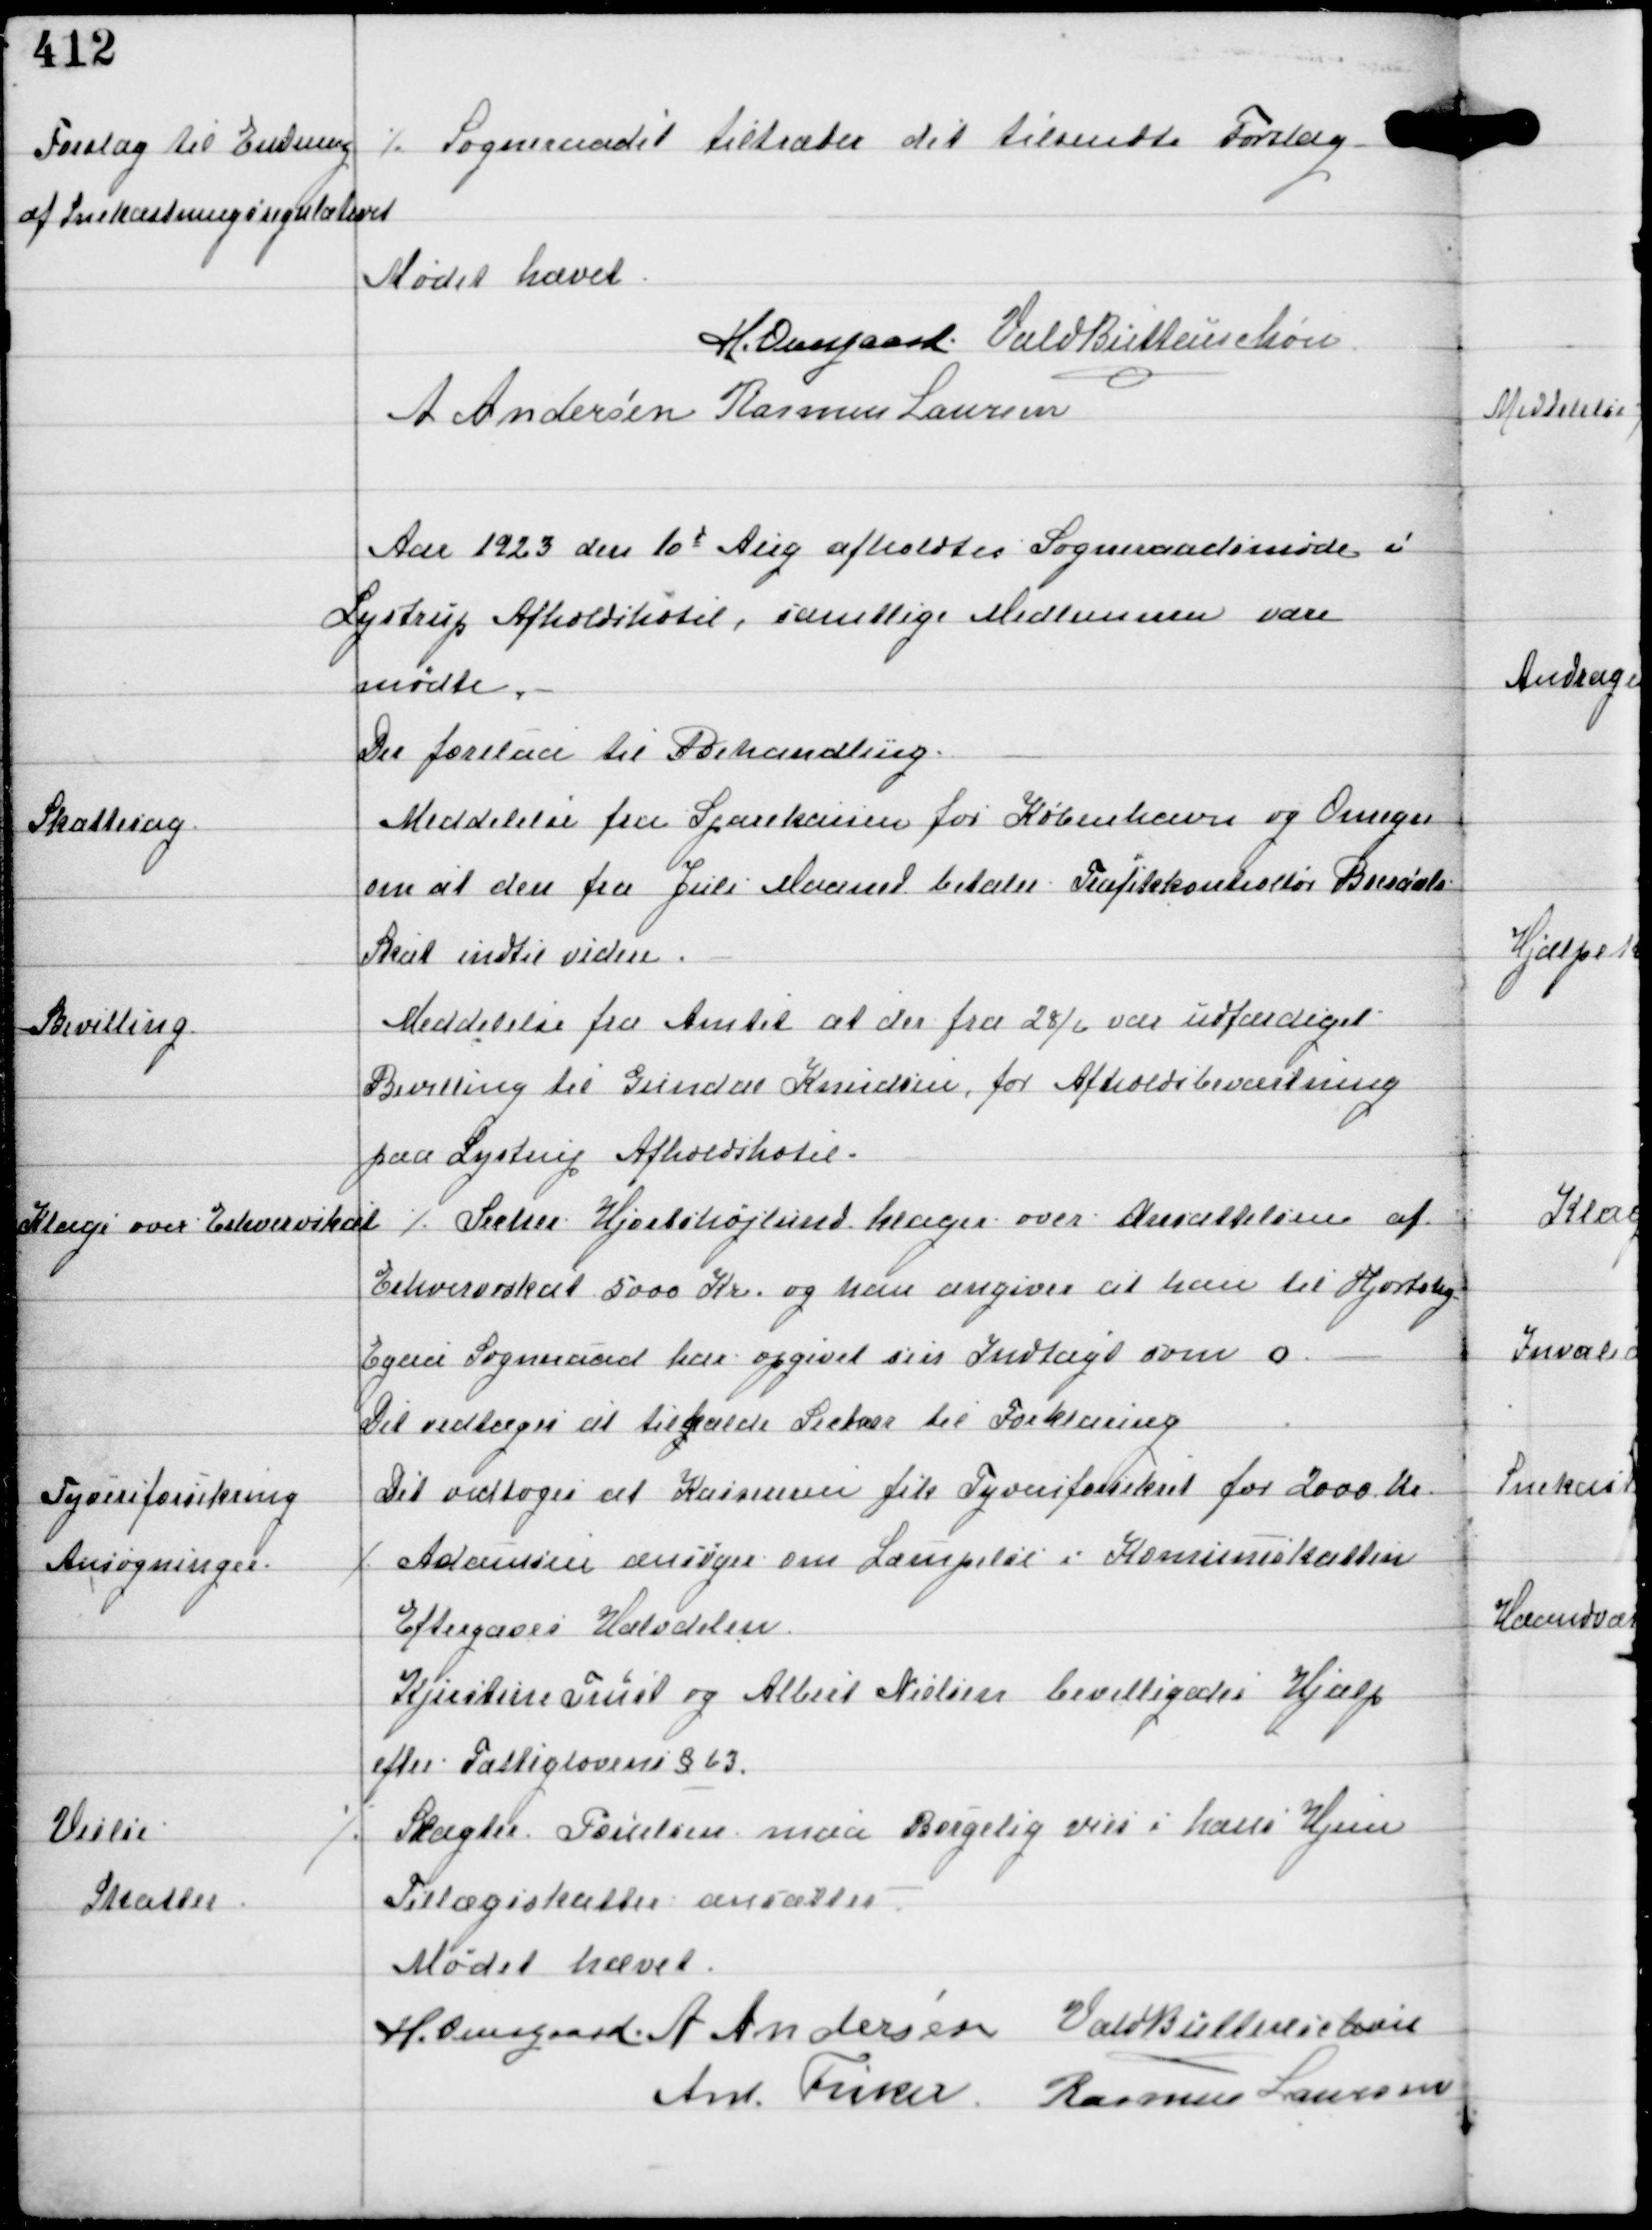
Transskription:
Forslag til Endring
af Snekastningsregulativet

⁒ Sogneraadet tiltræder det tilsendte Forslag

Mødet hævet
H. Overgaard Vald Buttenschøn
A Andersen Rasmus Laursen

Aar 1923 den 10d Aug afholdtes Sogneraadsmøde i
Lystrup Afholdshotel, samtlige Medlemmer vare
mødte.
Der forelaa til Behandling.

Skattesag

Meddelelse fra Sparekassen for København og Omegn
om at den fra Juli Maaned betaler Trafikkontrollør Personale
Skat indtil videre.

Bevilling.

Meddelse fra Amtet at der fra 28/6 var udfærdiget
Bevilling til Gundar Knudsen for Afholdsbeværtning
paa Lystrup Afholdshotel.

Klage over Erhvervsskat

⁒ Secher Hjortshøjlund klager over Ansættelsen af
Erhvervsskat 5000 Kr og han angiver at han til Hjortshøj
Egaa Sogneraad har opgivet sin Indtægt som 0.
Det vedtoges at tilkalde Secher til Forklaring.

Tyveriforsikring

Det vedtoges at Kassereren fik Tyveriforsikret for 2000 Kr

Ansøgninger.

⁒ Adamsen ansøger om Læmpelse i Komuneskatten
Eftergaves Halvdelen
Kjerstine Trust og Albert Nielsen bevilligedes Hjælp
efter Fattiglovens §63.

Vielse

⁒ Slagter Poulsen maa Borgelig vies i hans Hjem

Skatter

Tillægsskatter ansættes

Mødet hævet
H. Overgaard A Andersen Vald Buttenschøn
Ant Fisker Rasmus Laursen